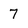
Character: 7